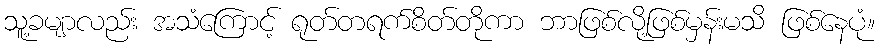
သူ့ခမျာလည်း အသံကြောင့် ရုတ်တရက်စိတ်တိုကာ ဘာဖြစ်လို့ဖြစ်မှန်းမသိ ဖြစ်နေပုံ။